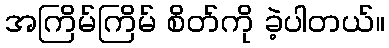
အကြိမ်ကြိမ် စိတ်ကို ခဲ့ပါတယ်။